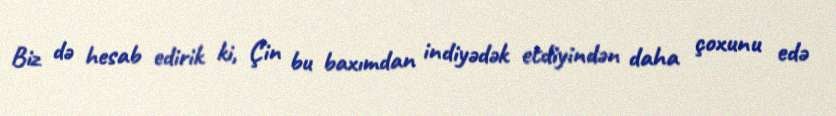
Biz də hesab edirik ki, Çin bu baxımdan indiyədək etdiyindən daha çoxunu edə